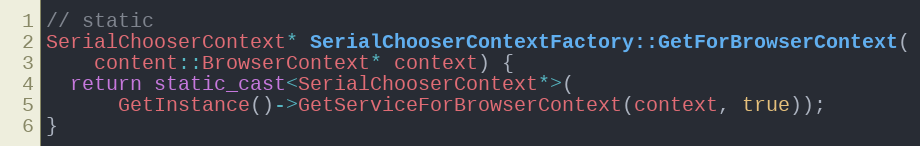
Language: C++
// static
SerialChooserContext* SerialChooserContextFactory::GetForBrowserContext(
    content::BrowserContext* context) {
  return static_cast<SerialChooserContext*>(
      GetInstance()->GetServiceForBrowserContext(context, true));
}